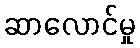
ဆာလောင်မှု